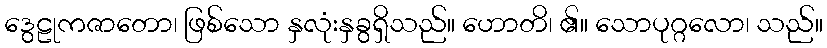
ဒွေဠုကဇာတော၊ ဖြစ်သော နှလုံးနှခွရှိသည်။ ဟောတိ၊ ၏။ သောပုဂ္ဂလော၊ သည်။